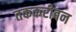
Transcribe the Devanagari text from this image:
तककरीबन